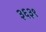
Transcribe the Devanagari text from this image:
३६३९